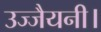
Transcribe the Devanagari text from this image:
उज्जैयनी।